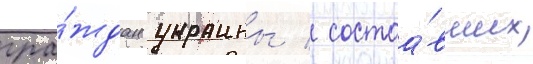
гра́ждан украины / состоа́вших